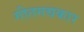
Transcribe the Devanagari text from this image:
गीतगद्यकार